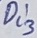
Text: Di3